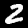
Digit: 2